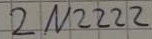
Text: 2N2222